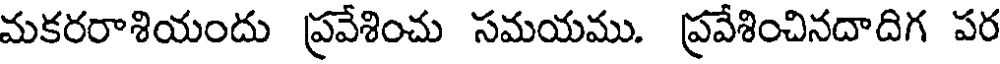
మకరరాశియందు ప్రవేశించు సమయము. ప్రవేశించినదాదిగ పర